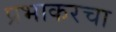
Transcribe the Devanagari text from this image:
प्रभाकरचा